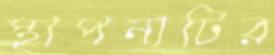
স্থাপনাটির